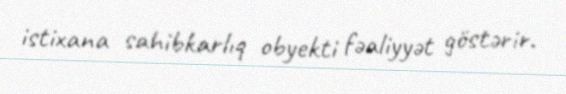
istixana sahibkarlıq obyekti fəaliyyət göstərir.